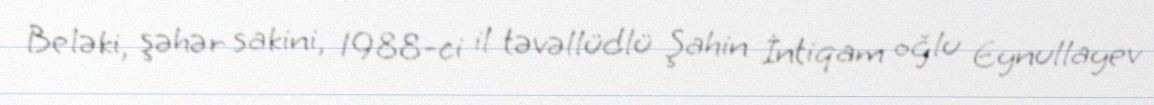
Beləki, şəhər sakini, 1988-ci il təvəllüdlü Şahin İntiqam oğlu Eynullayev